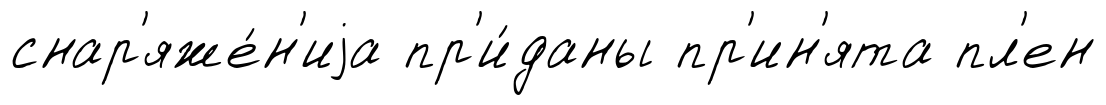
снар'яже́н'иjа пр'и́даны пр'ин'ята пл'ен